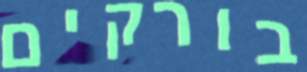
בורקים